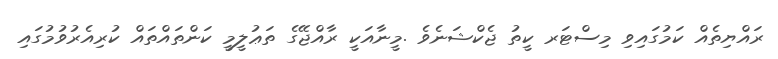
ރައްޔިތެއް ކަމުގައިވި މިސްޓަރ ކީތު ޖެކްޝަނެވެެ .މީނާއަކީ ރާއްޖޭގެ ތަޢުލީމީ ކަންތައްތައް ކުރިއެރުވުމުގައި